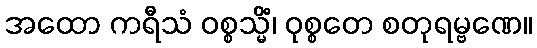
အထော ကရီသံ ဝစ္စသ္မိံ၊ ဝုစ္စတေ စတုရမ္ဗဏေ။